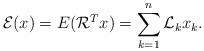
LaTeX: \begin{align*}\mathcal{E}(x)=E(\mathcal{R}^{T}x)=\sum_{k=1}^{n}\mathcal{L}_{k}x_{k}. \end{align*}